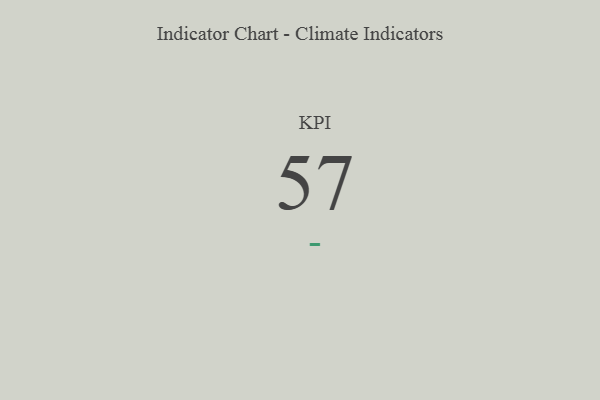
{"axis": {"x": "KPI", "y": "Value"}, "legend": [""], "data": [{"x": "KPI", "y": 57, "type": ""}]}